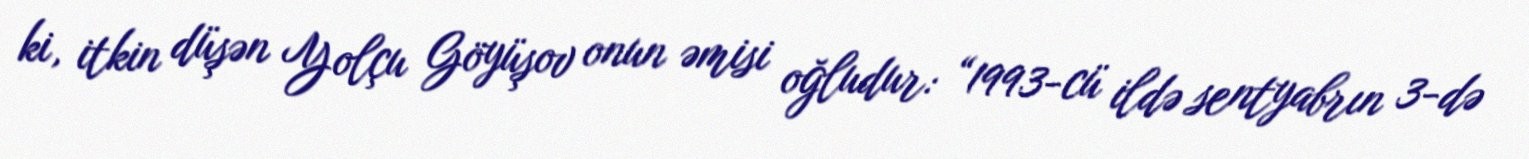
ki, itkin düşən Yolçu Göyüşov onun əmisi oğludur: “1993-cü ildə sentyabrın 3-də